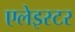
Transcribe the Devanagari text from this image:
एलेइस्टर